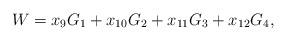
LaTeX: \begin{align*}W = x_9G_1 + x_{10}G_2 + x_{11}G_3 + x_{12}G_4,\end{align*}